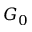
G _ { 0 }